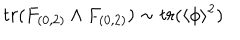
LaTeX: t r ( F _ { ( 0 , 2 ) } \wedge F _ { ( 0 , 2 ) } ) \sim t r ( \langle \phi \rangle ^ { 2 } )